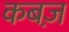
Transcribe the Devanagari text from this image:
कबज़